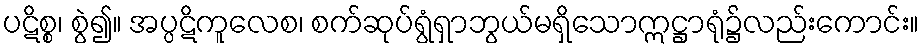
ပဋိစ္စ၊ စွဲ၍။ အပ္ပဋိကူလေစ၊ စက်ဆုပ်ရွံရှာဘွယ်မရှိသောဣဋ္ဌာရုံ၌လည်းကောင်း။